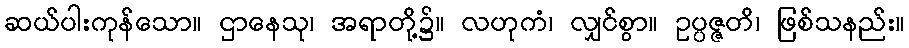
ဆယ်ပါးကုန်သော။ ဌာနေသု၊ အရာတို့၌။ လဟုကံ၊ လျှင်စွာ။ ဥပ္ပဇ္ဇတိ၊ ဖြစ်သနည်း။